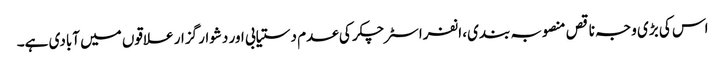
اس کی بڑی وجہ ناقص منصوبہ بندی، انفراسٹرچکر کی عدم دستیابی اور دشوار گزار علاقوں میں آبادی ہے۔